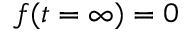
f ( t = \infty ) = 0